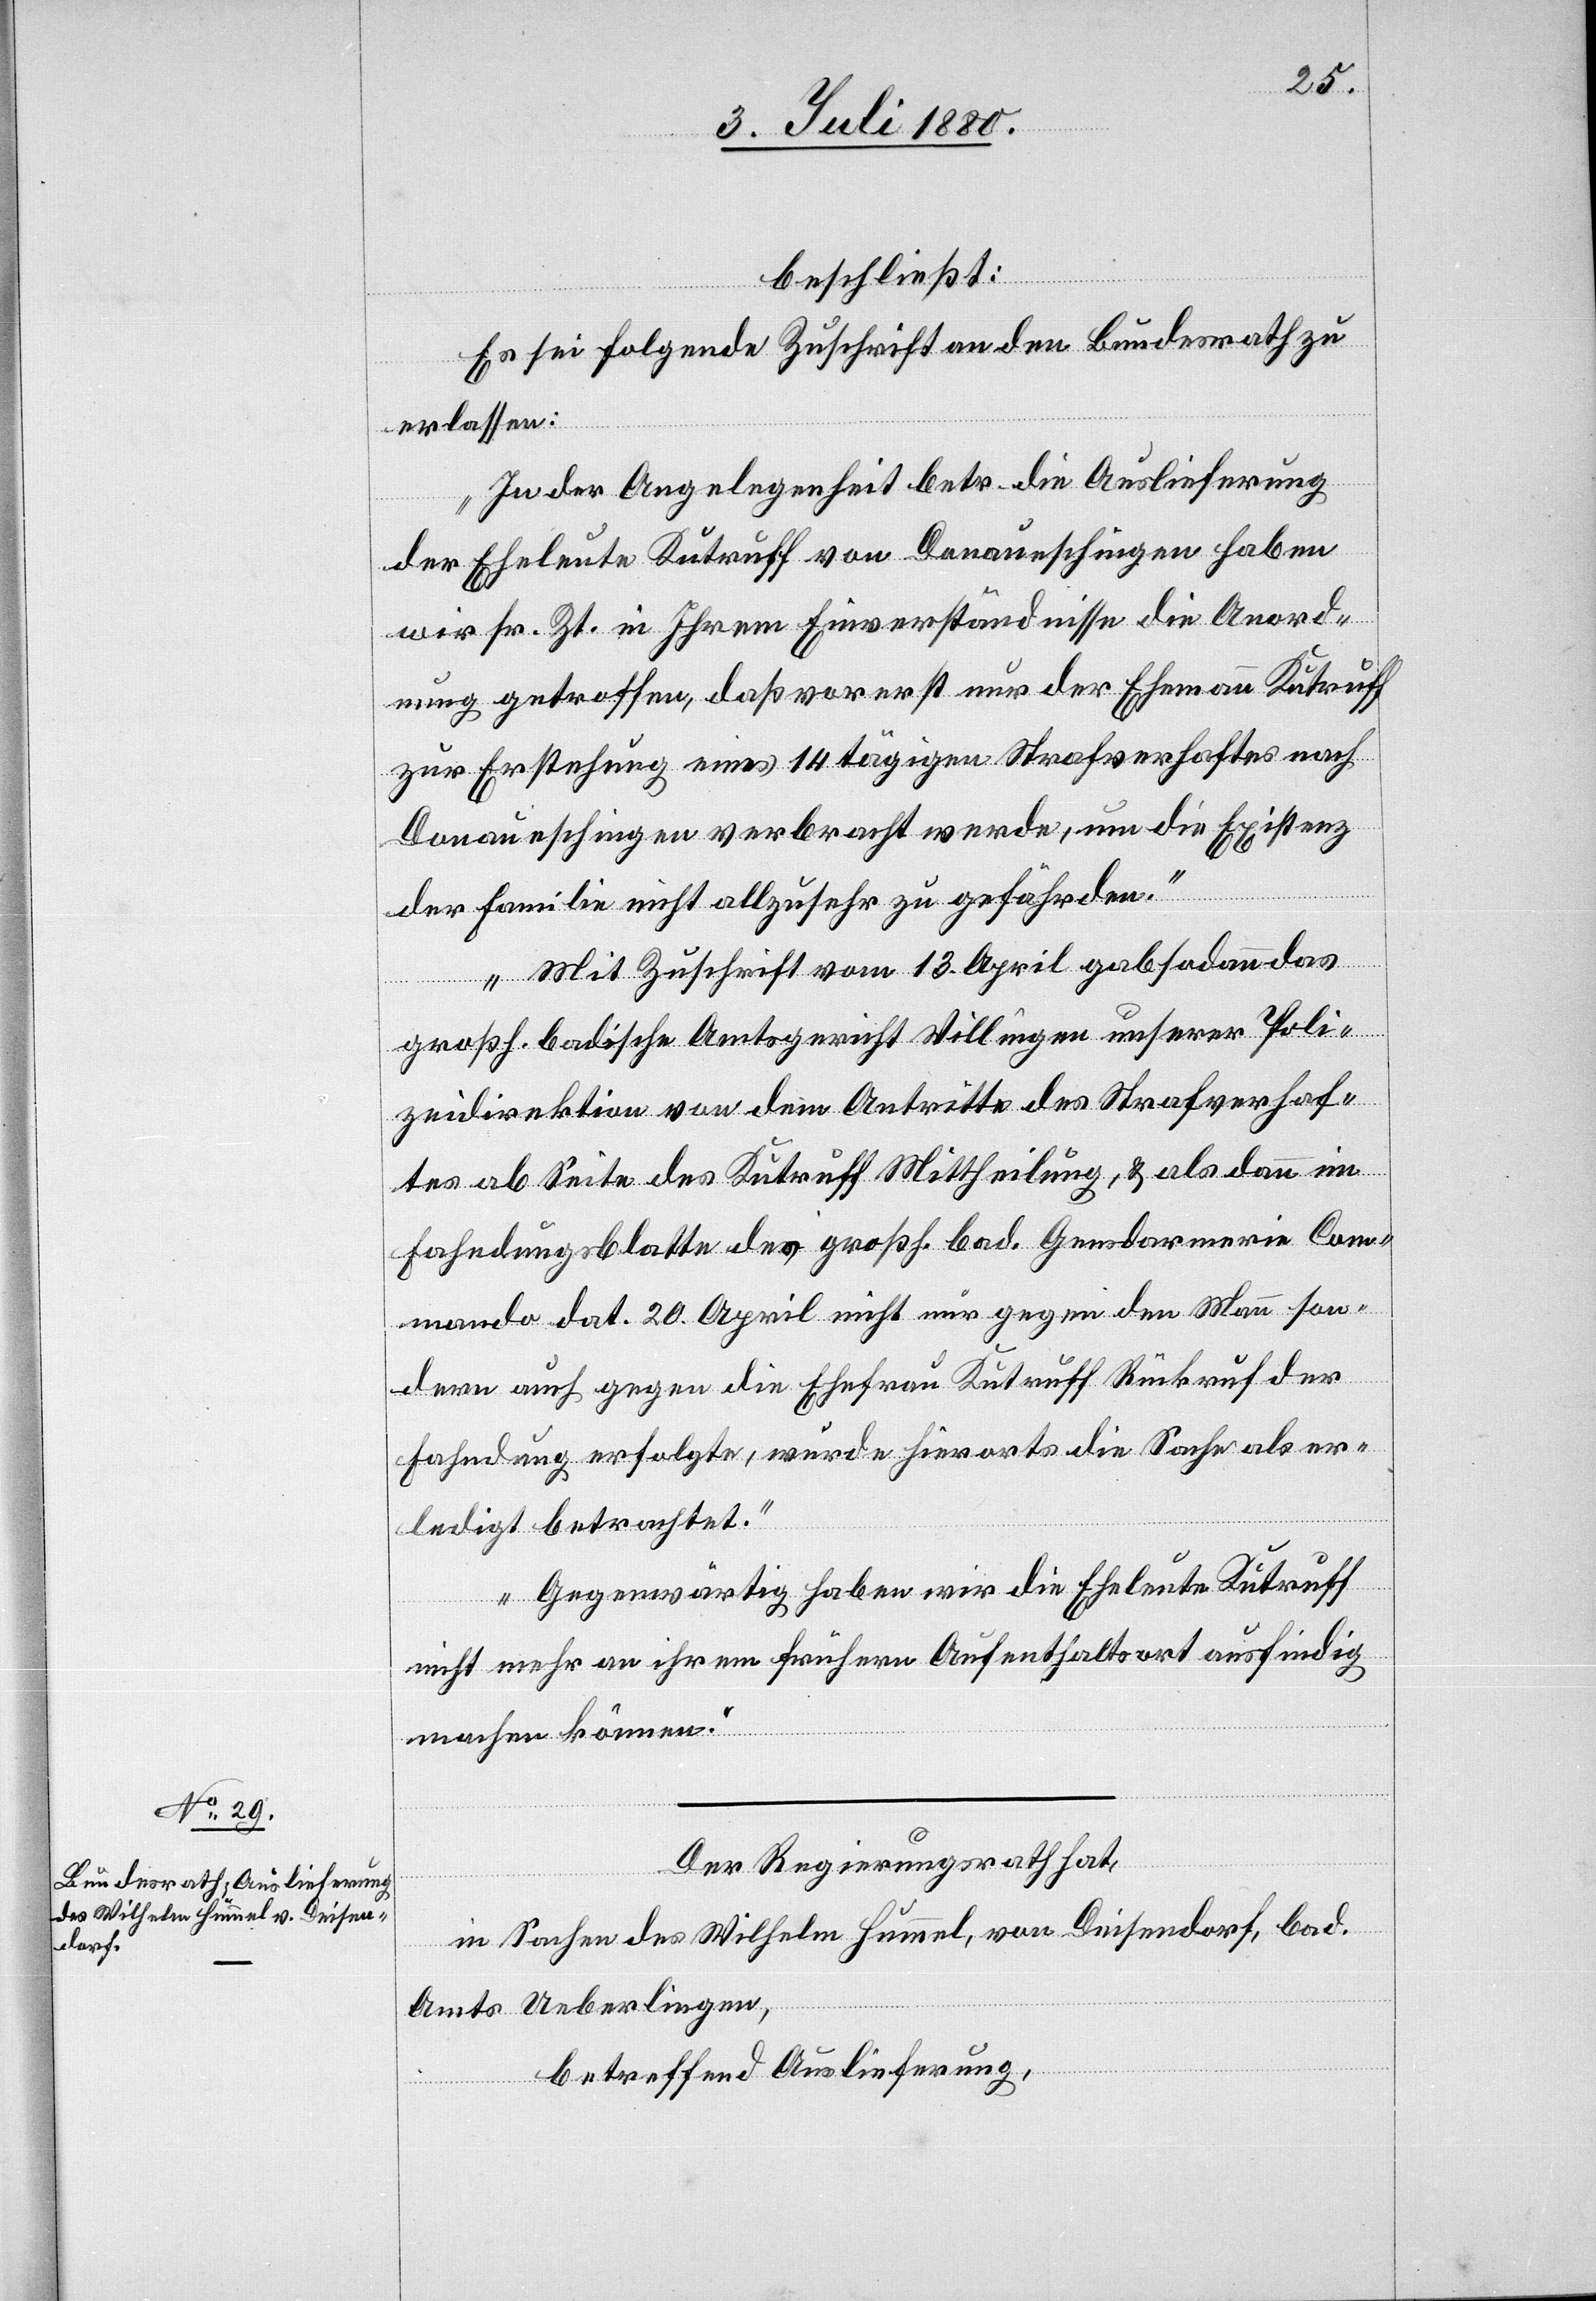
6. Juli 1880.]
beschließt:
Es sei folgende Zuschrift an den Bundesrath zu
erlassen:
„In der Angelegenheit betr. die Auslieferung
der Eheleute Kutruff von Donaueschingen haben
wir sr. Zt. in Ihrem Einverständnisse die Anord¬
nung getroffen, daß vorerst nur der Ehemann Kutruff
zu Erstehung eines 14 tägigen Strafverhaftes nach
Donaueschingen verbracht werde, um die Existenz
der Familie nicht allzusehr zu gefährden.
Mit Zuschrift vom 13. April gab sodann das
großh. badische Amtsgericht Villingen unserer Poli¬
zeidirektion von dem Antritte des Strafverhaf¬
tes ab Seite des Kutruff Mittheilung, & als dann im
Fahndungsblatte des großh. bad. Gendarmerie Com¬
mando dat. 20. April nicht nur gegen den Mann son¬
dern auch gegen die Ehefrau Kutruff Rückruf der
Fahndung erfolgte, wurde hierorts die Sache als er¬
ledigt betrachtet.
Gegenwärtig haben wir die Eheleute Kutruff
nicht mehr an ihrem frühern Aufenthaltsort ausfindig
machen können.“
ügungen.
Der Regierungsrath hat,
in Sachen des Wilhelm Hummel, von Deisendorf, bad.
Amts Ueberlingen,
betreffend Auslieferung,